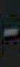
-